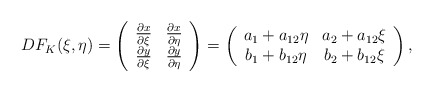
\begin{align*}DF_K(\xi,\eta) = \left(\begin{array}{cc}\frac{\partial x}{\partial\xi} & \frac{\partial x}{\partial\eta} \\\frac{\partial y}{\partial\xi} & \frac{\partial y}{\partial\eta}\end{array}\right) = \left(\begin{array}{cc}a_1+a_{12}\eta & a_2+a_{12}\xi \\b_1+b_{12}\eta & b_2+b_{12}\xi\end{array}\right),\end{align*}